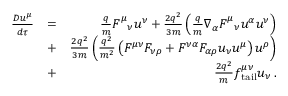
\begin{array} { r l r } { \frac { D u ^ { \mu } } { d \tau } } & { = } & { \frac { q } { m } F _ { \ \ \nu } ^ { \mu } u ^ { \nu } + \frac { 2 q ^ { 2 } } { 3 m } \left( \frac { q } { m } \nabla _ { \alpha } F _ { \ \ \nu } ^ { \mu } u ^ { \alpha } u ^ { \nu } \right) } \\ & { + } & { \frac { 2 q ^ { 2 } } { 3 m } \left( \frac { q ^ { 2 } } { m ^ { 2 } } \left( F ^ { \mu \nu } F _ { \nu \rho } + F ^ { \nu \alpha } F _ { \alpha \rho } u _ { \nu } u ^ { \mu } \right) u ^ { \rho } \right) } \\ & { + } & { \frac { 2 q ^ { 2 } } { m } f _ { \mathrm { t a i l } } ^ { \mu \nu } u _ { \nu } \, . } \end{array}